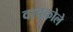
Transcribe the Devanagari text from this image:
वाचकोले